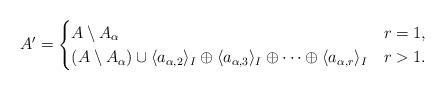
LaTeX: \begin{align*} A' = \begin{cases} A\setminus A_{\alpha} & r=1,\\ (A \setminus A_{\alpha}) \cup \langle a_{\alpha,2} \rangle_I \oplus \langle a_{\alpha,3} \rangle_I \oplus \cdots \oplus \langle a_{\alpha,r} \rangle_I & r>1. \end{cases} \end{align*}